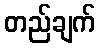
တည်ချက်